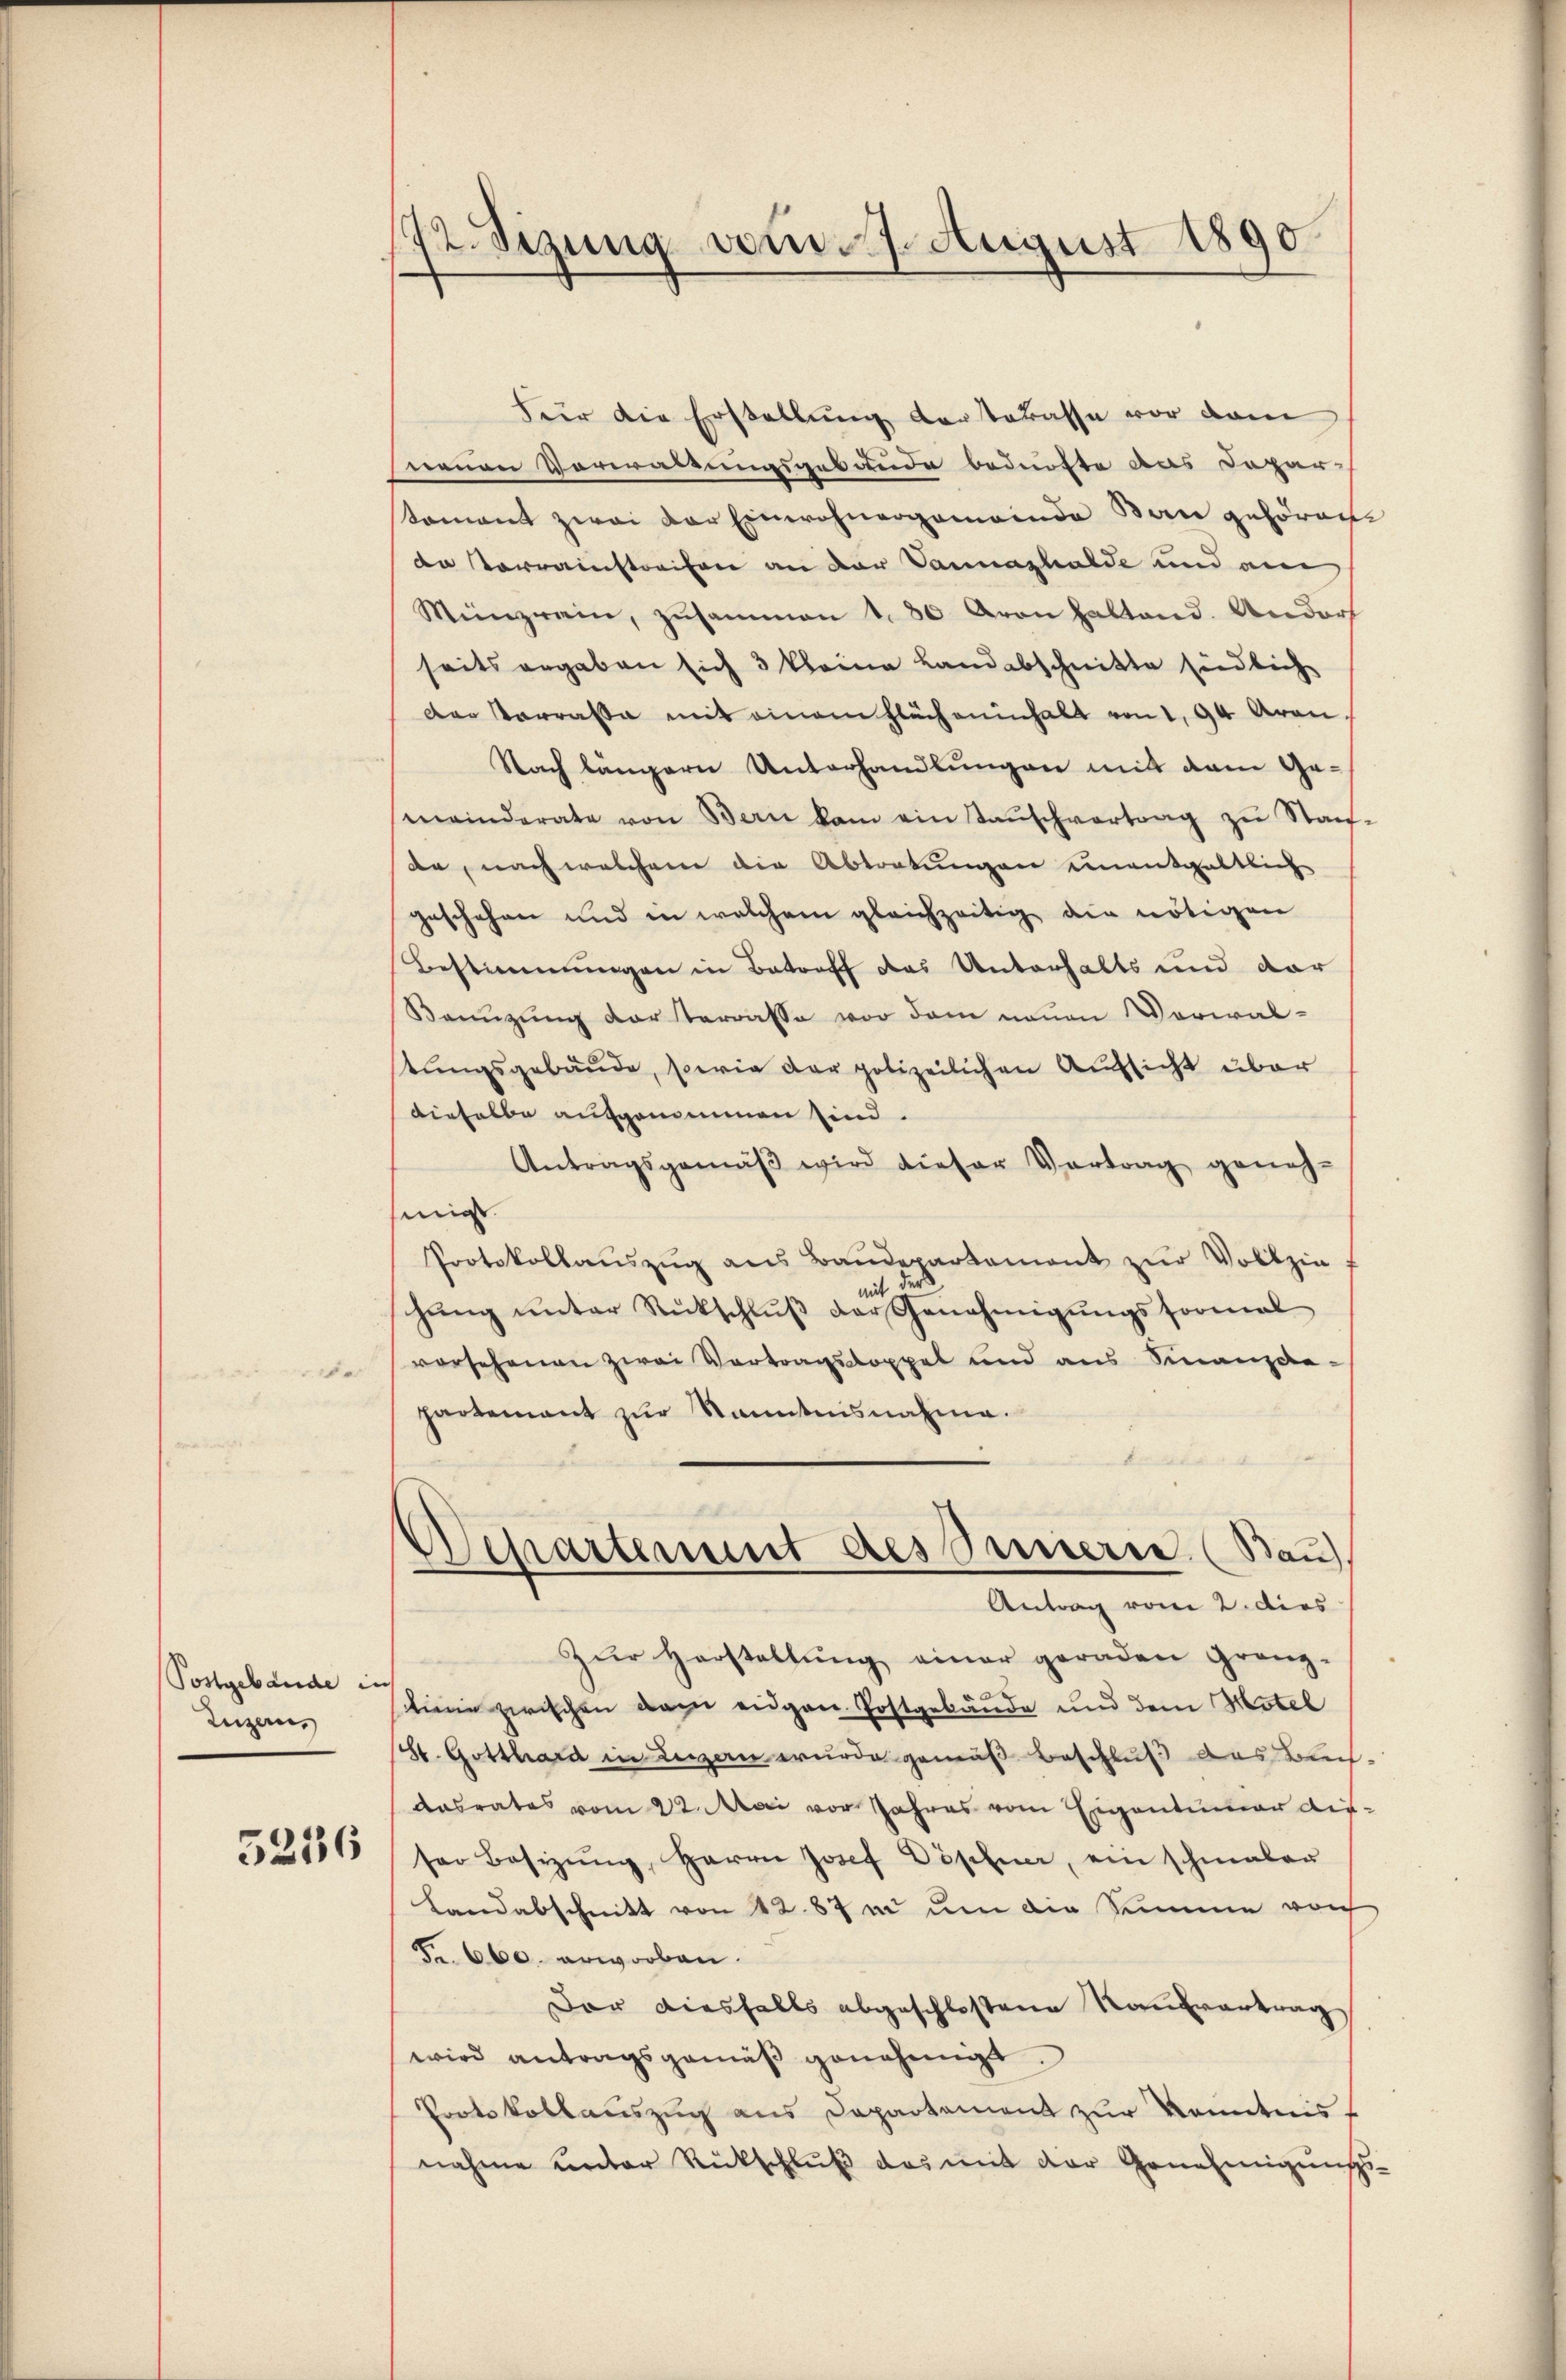
e

Postgebäude in
Luzern,

5246

72. Sizung vom 7. August 1890.

Für die Erstellung darterasse vor dem
neuen Vorwaltungsgebäude bedürfte das Depar-
toment zwei der Einwohnergemeinde Bau gehören
de Vorrainstreifen an der Vannaphalde und am
Münzrein, zusammen 1. 30 Aron Haltend. Andorf
seits ergaben sich 3 kleine Landabschnitte siedlich
Der Parrasse mit einem Flächeninhalt von 1, 94 Aran.
Nach längern Unterhandlungen mit dem Ge-
meinderate von Bern kam ein Taŭschvertrag zu Stauf-
de, nach welchem die Abtretungen einentgeltlich
geschehen und in welchem gleichzeitig die nötigen
Bestimmungen in Betreff das Unterhalts und dar
Kannzung der Terrasse vor dem neuen Vorwaltŭngsgebäude, sowie der polizeilichen Aufsicht über
dieselbe aufgenommen sind.
Antragsgemäβ wird dieser Vortrag geneh-
einigt.
Protokollaŭszŭg ans Baŭdepartament zŭr Vollzie
mit dess
hŭng ŭnter Rückschlŭβ der Genehmigŭngsformal
vorsehenen zwei Vortragsdoppel und aus Finanzda-
partement zur Kanntnisnahme.
Departement des Sinnern (Bau).
Antrag vom 2. dies
Zur Herstellung einer geraden Granz-
linie zwischen dem eigen Postgebäude und dem Motel
St. Gotthard in Legen wurde gemäß Beschluß das Buch
dasrates vom 22. Mai vor Jahres vom Eigentümer dieser Besizŭng, Herrn Josef Döpfer, ein schmaler
Landabschnitt von 42. 87 in um die Summe vorh
Fr. 600. erworben.
Der diesfalls abgeschlossene Raufvertrag
wird antragsgemäβ genehmigt.
Portokollauszug aus Departament zur Kenntniss
nahme unter Rückschluß das mit der Genehmigungs-